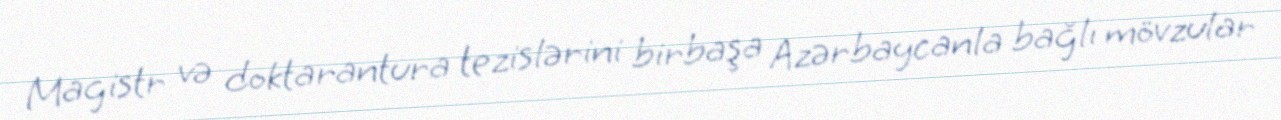
Magistr və doktarantura tezislərini birbaşa Azərbaycanla bağlı mövzular